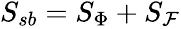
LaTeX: \begin{array}{r}{S_{sb}=S_{\Phi}+S_{\mathcal{F}}}\end{array}